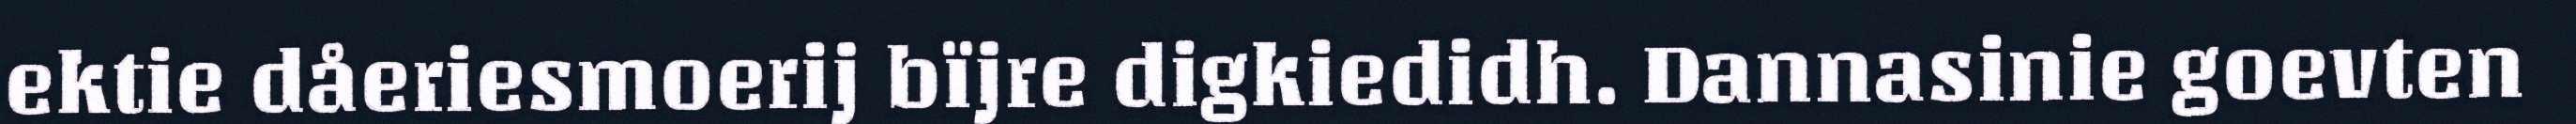
ektie dåeriesmoerij bïjre digkiedidh. Dannasinie goevten